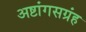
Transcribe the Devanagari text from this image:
अष्टांगसग्रंह